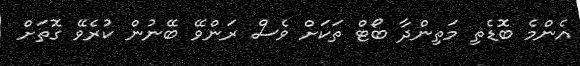
އެންމެ ބޮޑެތި މަތިންދާ ބޯޓް ތަކަށް ވެސް ރަންވޭ ބޭނުން ކުރެވޭ ގޮތަށް